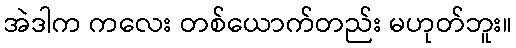
အဲဒါက ကလေး တစ်ယောက်တည်း မဟုတ်ဘူး။